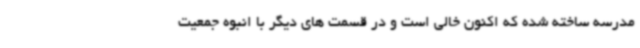
مدرسه ساخته شده که اکنون خالی است و در قسمت های دیگر با انبوه جمعیت